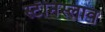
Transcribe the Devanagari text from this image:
स्टॅनिस्लाव